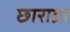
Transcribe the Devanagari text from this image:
छाराब्रा